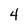
Character: 4